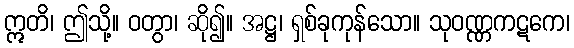
ဣတိ၊ ဤသို့။ ဝတွာ၊ ဆို၍။ အဋ္ဌ၊ ရှစ်ခုကုန်သော။ သုဝဏ္ဏကဋကေ၊